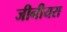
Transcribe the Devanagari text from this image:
जीनीयस